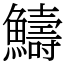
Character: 䲖